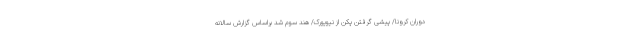
دوران کرونا/ پیشی گرفتن پکن از نیویورک/ هند سوم شد براساس گزارش سالانه